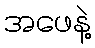
အဖေနဲ့